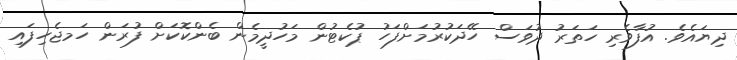
ދިޔައެވެ. އުފާވެރި ހަތަރު ދުވަސް ހޭދަކުރުމަށްފަހު ޕުކެޓުން މަހުދީމެން ބެންކޮކަށް ފުރަން ހަމޖެހިފައި